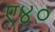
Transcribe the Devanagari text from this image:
ए४०